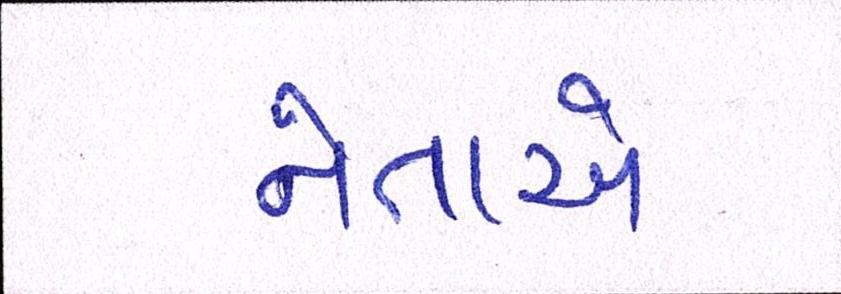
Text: નેતાએ